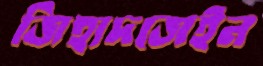
জিহাদজেইন